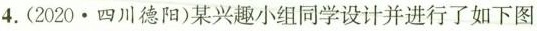
4.(2020·四川德阳)某兴趣小组同学设计并进行了如下图